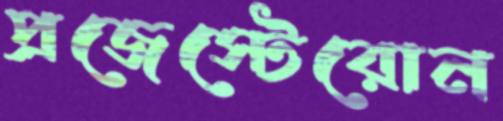
প্রজেস্টেরোন